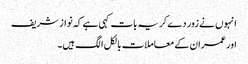
انہوں نے زور دے کر یہ بات کہی ہے کہ نواز شریف
اور عمران کے معاملات بالکل الگ ہیں۔